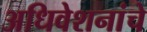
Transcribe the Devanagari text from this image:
अधिवेशनांचे